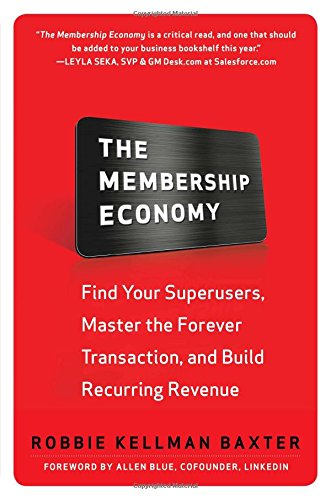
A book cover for The Membership Economy: Find Your Super Users, Master the Forever Transaction, and Build Recurring Revenue; Robbie Kellman Baxter; Business & Money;